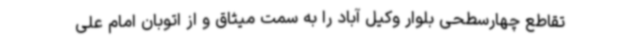
تقاطع چهارسطحی بلوار وکیل آباد را به سمت میثاق و از اتوبان امام علی